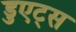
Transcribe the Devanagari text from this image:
डुएट्स